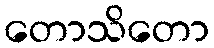
တောသိတော